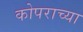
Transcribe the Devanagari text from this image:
कोपराच्या